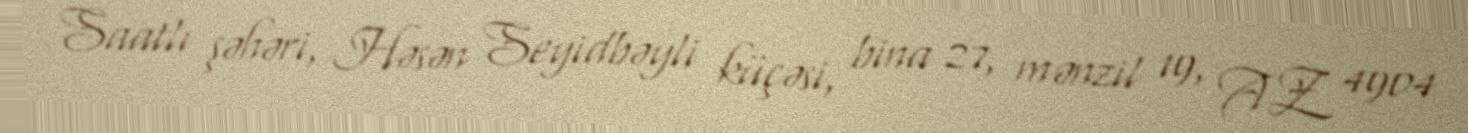
Saatlı şəhəri, Həsən Seyidbəyli küçəsi, bina 27, mənzil 19, AZ 4904